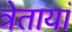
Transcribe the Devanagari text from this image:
त्रेतायां